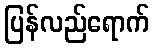
ပြန်လည်ရောက်